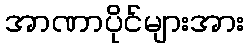
အာဏာပိုင်များအား